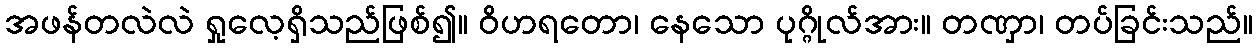
အဖန်တလဲလဲ ရှုလေ့ရှိသည်ဖြစ်၍။ ဝိဟရတော၊ နေသော ပုဂ္ဂိုလ်အား။ တဏှာ၊ တပ်ခြင်းသည်။